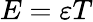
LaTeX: E=\varepsilon T